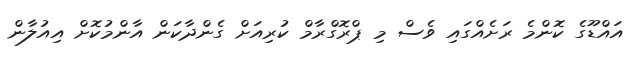
އައްޑޫގެ ކޮންމެ ރަށެއްގައި ވެސް މި ޕްރޮގްރާމް ކުރިއަށް ގެންދާކަން އާންމުކޮށް އިއުލާން